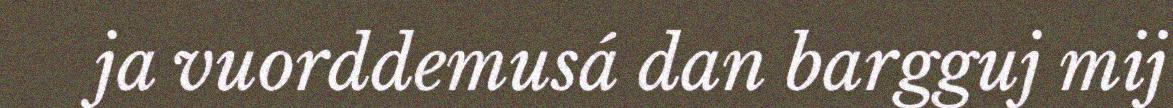
ja vuorddemusá dan bargguj mij